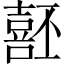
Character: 噽